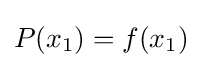
P(x_{1})=f(x_{1})